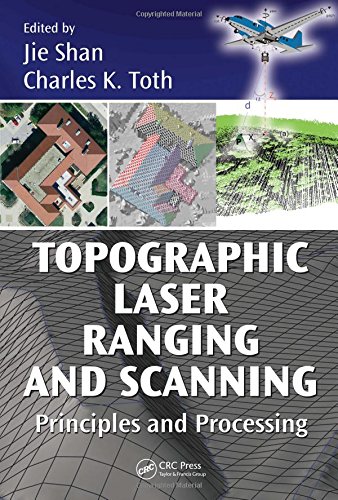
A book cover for Topographic Laser Ranging and Scanning: Principles and Processing; Science & Math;